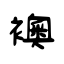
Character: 襖